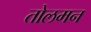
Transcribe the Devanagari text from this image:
तोलमन